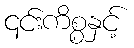
၎င်းကိစ္စနှင့်